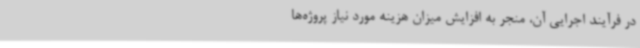
در فرآیند اجرایی آن، منجر به افزایش میزان هزینه مورد نیاز پروژه‌ها